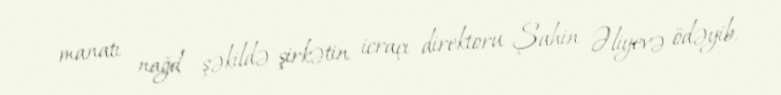
manatı nağd şəkildə şirkətin icraçı direktoru Şahin Əliyevə ödəyib.